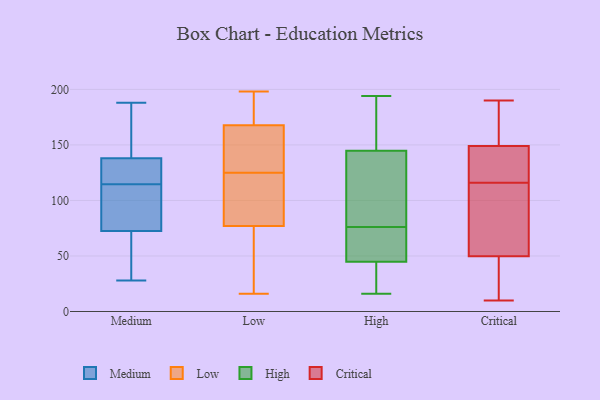
{"axis": {"x": "Backlog", "y": "Value"}, "legend": ["Critical", "High", "Low", "Medium"], "data": [{"x": "", "y": 83, "type": "Medium"}, {"x": "", "y": 133, "type": "Medium"}, {"x": "", "y": 63, "type": "Medium"}, {"x": "", "y": 134, "type": "Medium"}, {"x": "", "y": 28, "type": "Medium"}, {"x": "", "y": 188, "type": "Medium"}, {"x": "", "y": 34, "type": "Medium"}, {"x": "", "y": 112, "type": "Medium"}, {"x": "", "y": 168, "type": "Medium"}, {"x": "", "y": 82, "type": "Medium"}, {"x": "", "y": 142, "type": "Medium"}, {"x": "", "y": 117, "type": "Medium"}, {"x": "", "y": 16, "type": "Low"}, {"x": "", "y": 125, "type": "Low"}, {"x": "", "y": 92, "type": "Low"}, {"x": "", "y": 180, "type": "Low"}, {"x": "", "y": 198, "type": "Low"}, {"x": "", "y": 72, "type": "Low"}, {"x": "", "y": 168, "type": "Low"}, {"x": "", "y": 55, "type": "Low"}, {"x": "", "y": 125, "type": "Low"}, {"x": "", "y": 30, "type": "Low"}, {"x": "", "y": 139, "type": "Low"}, {"x": "", "y": 154, "type": "Low"}, {"x": "", "y": 52, "type": "Low"}, {"x": "", "y": 167, "type": "Low"}, {"x": "", "y": 187, "type": "Low"}, {"x": "", "y": 103, "type": "Low"}, {"x": "", "y": 127, "type": "Low"}, {"x": "", "y": 188, "type": "Low"}, {"x": "", "y": 102, "type": "Low"}, {"x": "", "y": 164, "type": "High"}, {"x": "", "y": 72, "type": "High"}, {"x": "", "y": 109, "type": "High"}, {"x": "", "y": 160, "type": "High"}, {"x": "", "y": 16, "type": "High"}, {"x": "", "y": 156, "type": "High"}, {"x": "", "y": 113, "type": "High"}, {"x": "", "y": 49, "type": "High"}, {"x": "", "y": 141, "type": "High"}, {"x": "", "y": 56, "type": "High"}, {"x": "", "y": 194, "type": "High"}, {"x": "", "y": 76, "type": "High"}, {"x": "", "y": 32, "type": "High"}, {"x": "", "y": 25, "type": "High"}, {"x": "", "y": 69, "type": "High"}, {"x": "", "y": 17, "type": "High"}, {"x": "", "y": 127, "type": "High"}, {"x": "", "y": 116, "type": "Critical"}, {"x": "", "y": 37, "type": "Critical"}, {"x": "", "y": 175, "type": "Critical"}, {"x": "", "y": 164, "type": "Critical"}, {"x": "", "y": 123, "type": "Critical"}, {"x": "", "y": 190, "type": "Critical"}, {"x": "", "y": 12, "type": "Critical"}, {"x": "", "y": 120, "type": "Critical"}, {"x": "", "y": 136, "type": "Critical"}, {"x": "", "y": 150, "type": "Critical"}, {"x": "", "y": 115, "type": "Critical"}, {"x": "", "y": 184, "type": "Critical"}, {"x": "", "y": 42, "type": "Critical"}, {"x": "", "y": 103, "type": "Critical"}, {"x": "", "y": 10, "type": "Critical"}, {"x": "", "y": 97, "type": "Critical"}, {"x": "", "y": 146, "type": "Critical"}, {"x": "", "y": 10, "type": "Critical"}, {"x": "", "y": 73, "type": "Critical"}]}